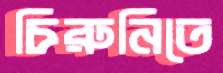
চিরুনিতে